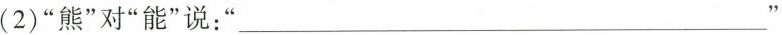
( 2 ) ”熊”对”能”说：” ___ ”